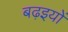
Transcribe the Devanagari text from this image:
बढ़इयों